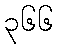
၃၆၆